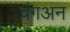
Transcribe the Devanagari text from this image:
चंगअन